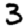
Digit: 3